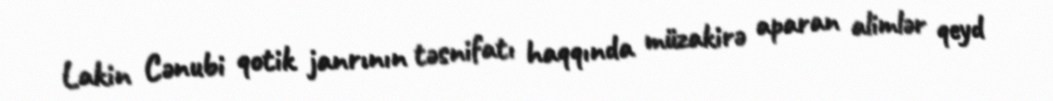
Lakin Cənubi qotik janrının təsnifatı haqqında müzakirə aparan alimlər qeyd